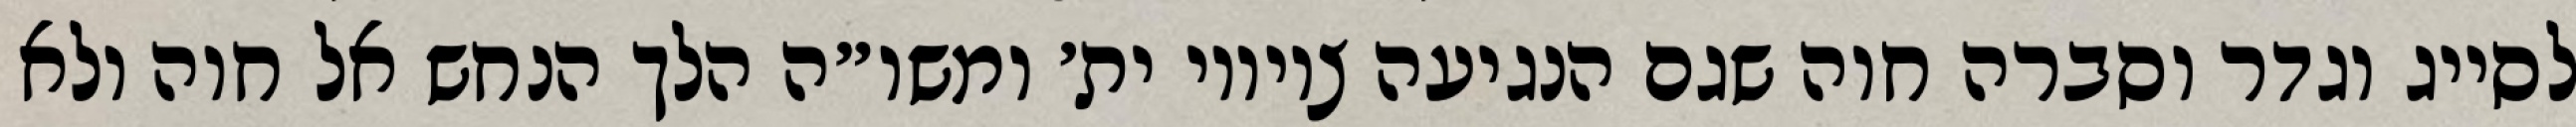
לסייג וגדר וסברה חוה שגם הנגיעה ציוויו ית׳ ומשו״ה הלך הנחש אל חוה ולא